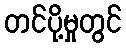
တင်ပို့မှုတွင်